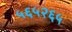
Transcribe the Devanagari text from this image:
५६५२६५